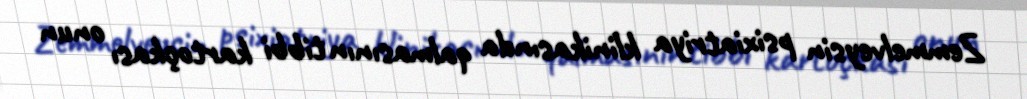
Zemmelveysin psixiatriya klinikasında qalmasının tibbi kartoçkası onun